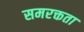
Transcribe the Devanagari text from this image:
समरक्तता